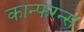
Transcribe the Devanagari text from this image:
कान्फरन्स